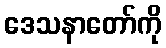
ဒေသနာတော်ကို